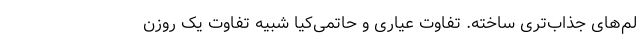
لم‌های جذاب‌تری ساخته. تفاوت عیاری و حاتمی‌کیا شبیه تفاوت یک روزن